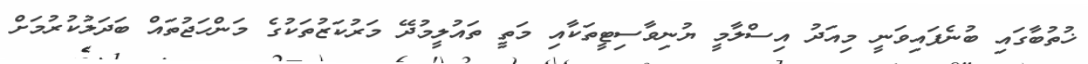
ޚުތުބާގައި ބުނެފައިވަނީ މިއަދު އިސްލާމީ ޔުނިވާސިޓީތަކާއި މަތީ ތައުލީމުދޭ މަރުކަޒުތަކުގެ މަންހަޖުތައް ބަދަލުކުރުމަށް